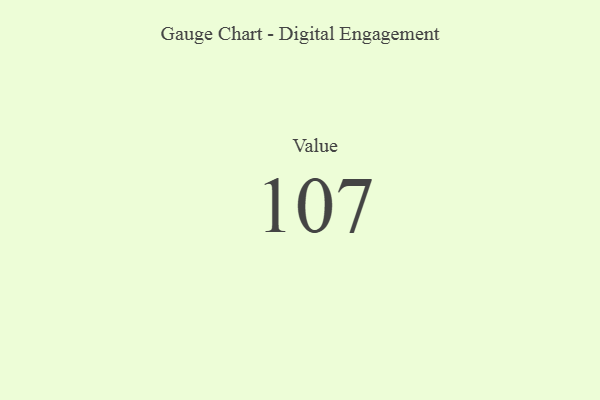
{"axis": {"x": "Metric", "y": "Value"}, "legend": [""], "data": [{"x": "Value", "y": 107, "type": ""}]}